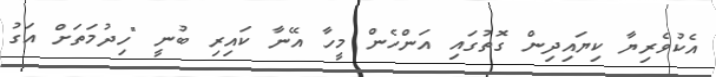
އެކުވެރިޔާ ކިޔައިދިން ގޮތުގައި އަންހެން މީހާ އޭނާ ކައިރި ބުނީ "ހިދުމަތަށް އަގު